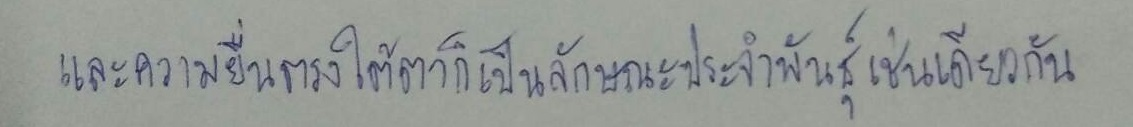
และความยื่นตรงใต้ตาก็เป็นลักษณะประจำพันธุ์เช่นเดียวกัน